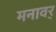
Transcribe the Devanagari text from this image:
मनावर्